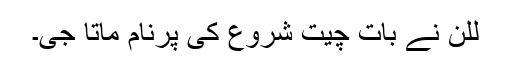
للن نے بات چیت شروع کی پرنام ماتا جی۔